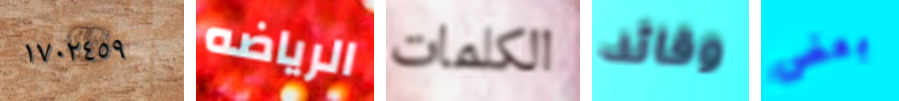
١٧٠٢٤٥٩ الرياضه الكلمات وقائد بعض